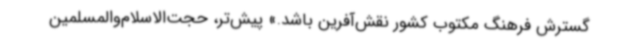
گسترش فرهنگ مکتوب کشور نقش‌آفرین باشد.» پیش‌تر، حجت‌الاسلام‌والمسلمین